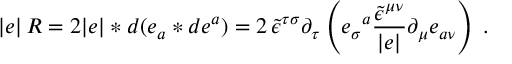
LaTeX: | e | \, R = 2 | e | \ast d ( e _ { a } \ast d e ^ { a } ) = 2 \, \tilde { \epsilon } ^ { \tau \sigma } \partial _ { \tau } \left( e _ { \sigma } { } ^ { a } \frac { \tilde { \epsilon } ^ { \mu \nu } } { | e | } \partial _ { \mu } e _ { a \nu } \right) \; .